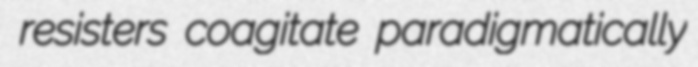
resisters coagitate paradigmatically